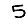
Digit: 5